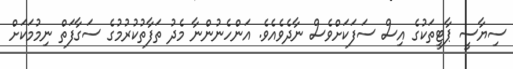
ސިޔާސީ ޕާޓީތަކުގެ އިސް ސަފަކަށްވެސް ނާދެވެއެވެ. އަންހެނުންނާ މެދު ތަފާތުކުރުމުގެ ސަގާފަތް ނިމުމަކަށް